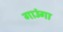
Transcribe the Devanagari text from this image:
गाउंगा